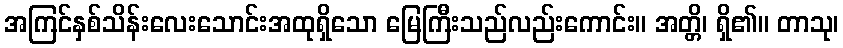
အကြင်နှစ်သိန်းလေးသောင်းအထုရှိသော မြေကြီးသည်လည်းကောင်း။ အတ္တိ၊ ရှိ၏။ တာသု၊